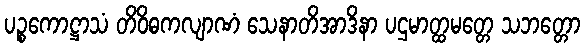
ပဉ္စကောဋ္ဌာသံ တိဝိဓကလျာဏံ သေနာတိအာဒိနာ ပဌမာတ္ထမတ္တေ သဘတ္တော